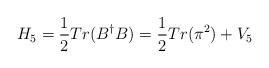
LaTeX: \begin{align*}H_{5} = \frac{1}{2} Tr(B^{\dagger}B) = \frac{1}{2} Tr(\pi^{2}) + V_{5}\end{align*}